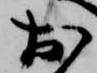
於